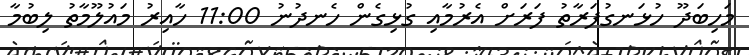
މަހިބަދޫ ހުޅަނގުފަރާތު ފަރަށް އެރުމާއި ގުޅިގެން ހެނދުނު 11:00 ހާއިރު މައުލޫމާތު ލިބުމާ